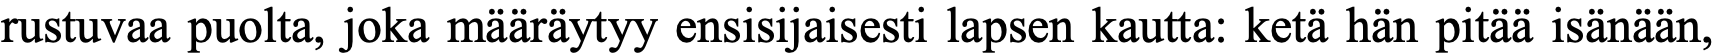
rustuvaa puolta, joka määräytyy ensisijaisesti lapsen kautta: ketä hän pitää isänään,